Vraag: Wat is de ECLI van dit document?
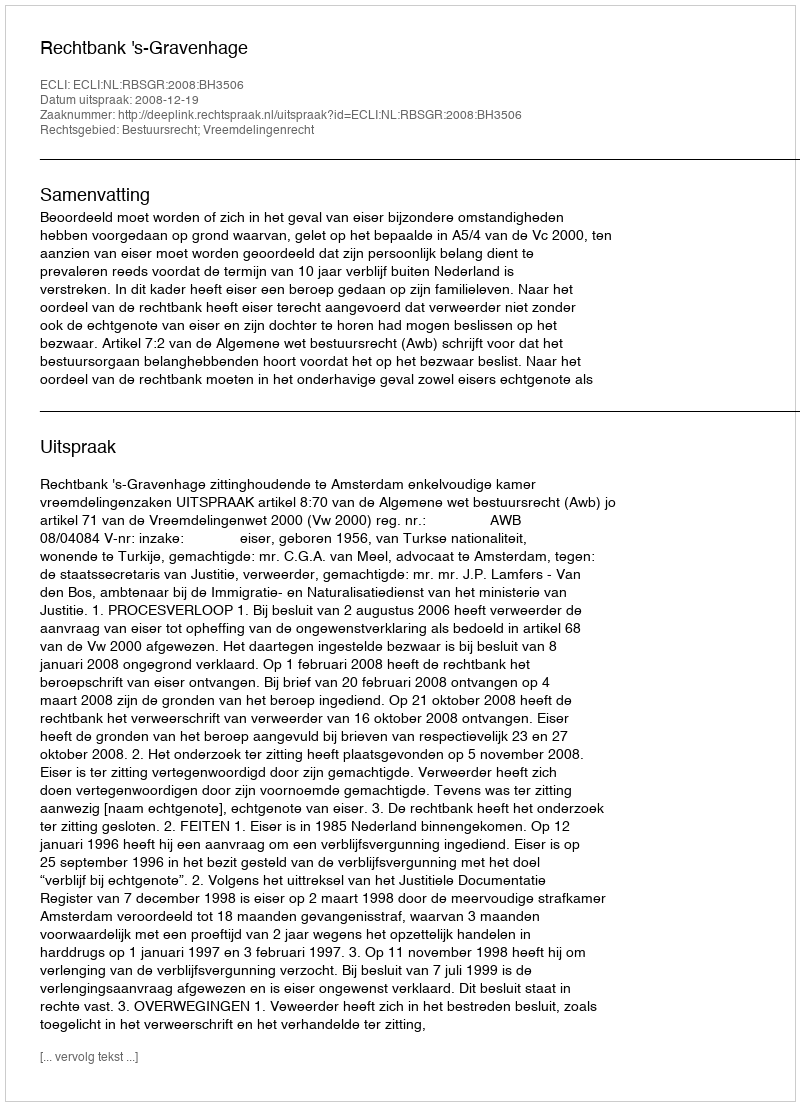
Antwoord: ECLI:NL:RBSGR:2008:BH3506